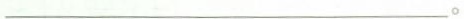
___。